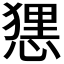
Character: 𢟆